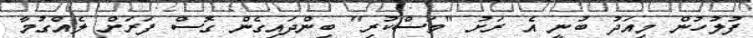
ފުލުހުން މިއަދު ބުނީ އެ ރަށު "މަސްކުރި" ބިންދައިގެން ގޮސް ފަރަށް ލެއްގުމާ